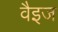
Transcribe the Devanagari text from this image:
वैइज